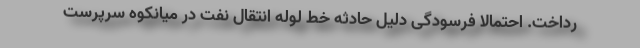
رداخت. احتمالا فرسودگی دلیل حادثه خط لوله انتقال نفت در میانکوه سرپرست